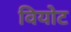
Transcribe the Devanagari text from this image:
वियोट